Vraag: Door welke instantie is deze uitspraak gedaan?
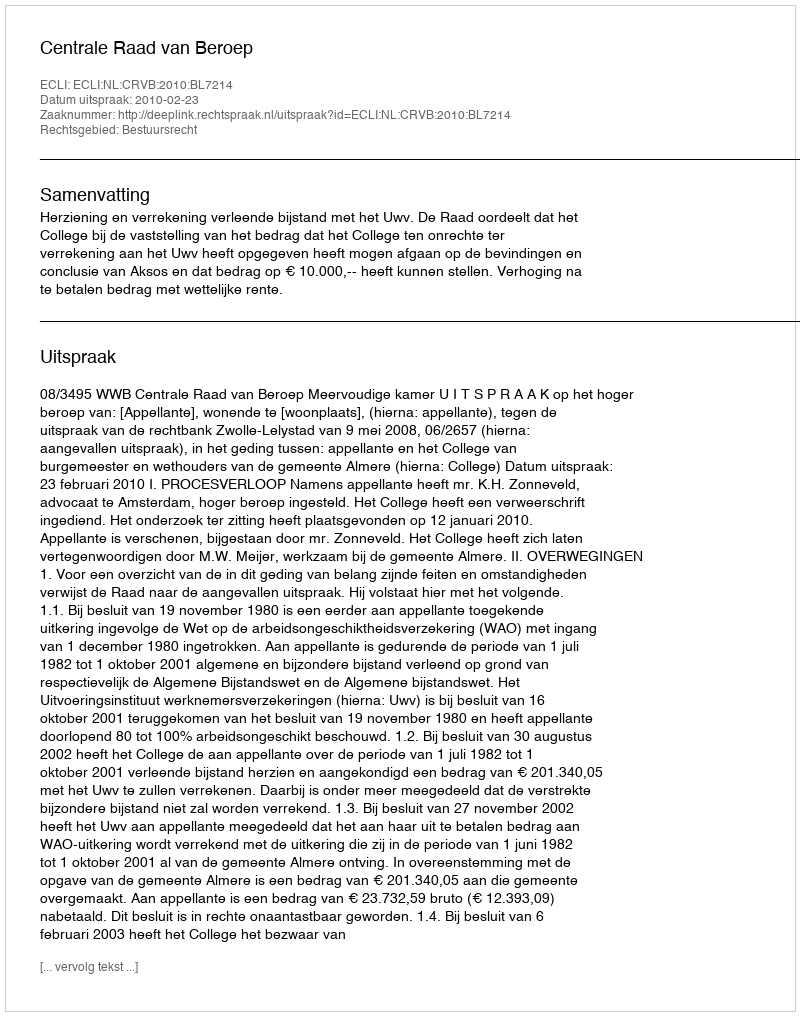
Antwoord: Centrale Raad van Beroep